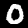
Label: 0